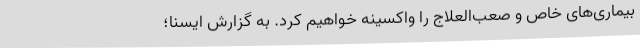
بیماری‌های خاص و صعب‌العلاج را واکسینه خواهیم کرد. به گزارش ایسنا؛